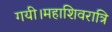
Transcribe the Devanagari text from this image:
गयी।महाशिवरात्रि